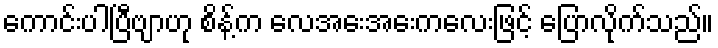
ကောင်းပါပြီဗျာဟု စိန့်က လေအေးအေးကလေးဖြင့် ပြောလိုက်သည်။